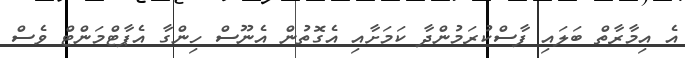
އެ އިމާރާތް ބަލައި ފާސްކުރަމުންދާ ކަމަށާއި އެގޮތުން އެނޫސް ހިންގާ އެޕާޓްމަންޓް ވެސް